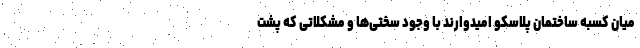
میان کسبه ساختمان پلاسکو امیدوارند با وجود سختی‌ها و مشکلاتی که پشت